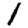
Digit: 1